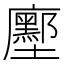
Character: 𭚌